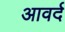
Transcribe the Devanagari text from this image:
आवर्द